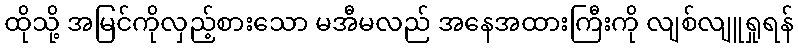
ထိုသို့ အမြင်ကိုလှည့်စားသော မအီမလည် အနေအထားကြီးကို လျစ်လျူရှုရန်